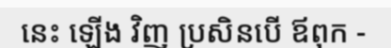
នេះ ឡើង វិញ ប្រសិនបើ ឪពុក -